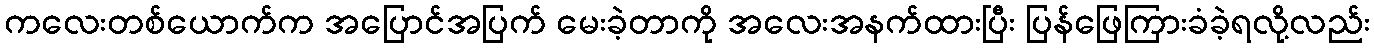
ကလေးတစ်ယောက်က အပြောင်အပြက် မေးခဲ့တာကို အလေးအနက်ထားပြီး ပြန်ဖြေကြားခံခဲ့ရလို့လည်း